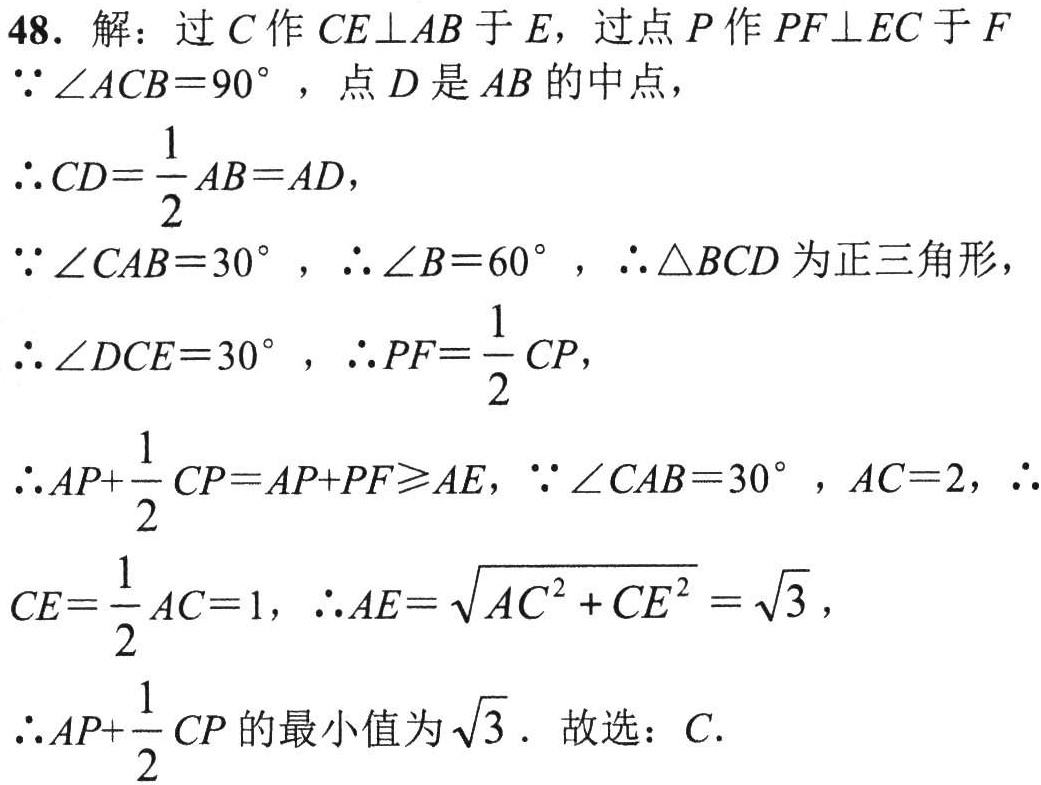
48. 解：过$C$作$CE\perp AB$于$E$，过点$P$作$PF\perp EC$于$F$
$\because\angle ACB = 90^{\circ}$，点$D$是$AB$的中点，
$\therefore CD=\dfrac{1}{2}AB = AD$，
$\because\angle CAB = 30^{\circ}$，$\therefore\angle B = 60^{\circ}$，$\therefore\triangle BCD$为正三角形，
$\therefore\angle DCE = 30^{\circ}$，$\therefore PF=\dfrac{1}{2}CP$，
$\therefore AP+\dfrac{1}{2}CP=AP + PF\geqslant AE$，$\because\angle CAB = 30^{\circ}$，$AC = 2$，$\therefore$
$CE=\dfrac{1}{2}AC = 1$，$\therefore AE=\sqrt{AC^{2}+CE^{2}}=\sqrt{3}$，
$\therefore AP+\dfrac{1}{2}CP$的最小值为$\sqrt{3}$．故选：$C$．